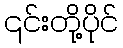
၎င်းတို့ပိုင်